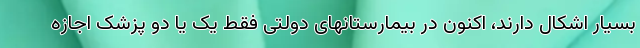
بسیار اشکال دارند، اکنون در بیمارستانهای دولتی فقط یک یا دو پزشک اجازه